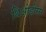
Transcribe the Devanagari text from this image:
थिओडोरस